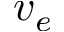
v _ { e }